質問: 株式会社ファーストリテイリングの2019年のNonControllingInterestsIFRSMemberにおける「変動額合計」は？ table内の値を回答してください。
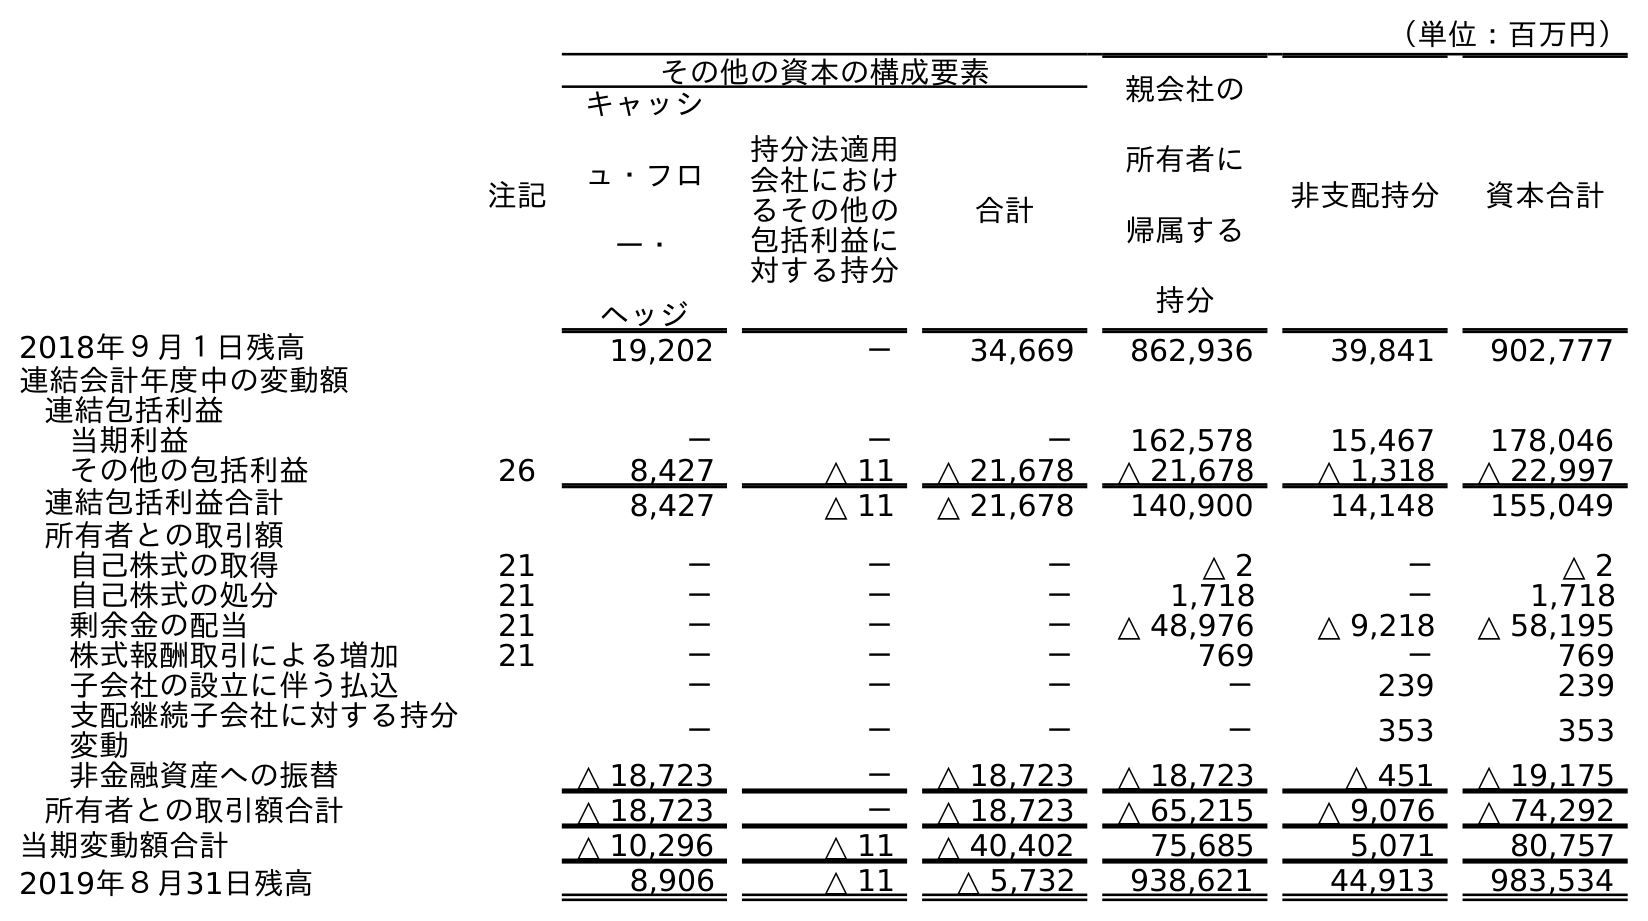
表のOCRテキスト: （単位：百万円） 注記 その他の資本の構成要素 親会社の 所有者に 帰属する 持分 非支配持分 資本合計 キャッシ ュ・フロ ー・ ヘッジ 持分法適用 会社におけ るその他の 包括利益に 対する持分 合計 2018年９月１日残高 19,202 － 34,669 862,936 39,841 902,777 連結会計年度中の変動額 連結包括利益 当期利益 － － － 162,578 15,467 178,046 その他の包括利益 26 8,427 △ 11 △ 21,678 △ 21,678 △ 1,318 △ 22,997 連結包括利益合計 8,427 △ 11 △ 21,678 140,900 14,148 155,049 所有者との取引額 自己株式の取得 21 － － － △ 2 － △ 2 自己株式の処分 21 － － － 1,718 － 1,718 剰余金の配当 21 － － － △ 48,976 △ 9,218 △ 58,195 株式報酬取引による増加 21 － － － 769 － 769 子会社の設立に伴う払込 － － － － 239 239 支配継続子会社に対する持分 変動 － － － － 353 353 非金融資産への振替 △ 18,723 － △ 18,723 △ 18,723 △ 451 △ 19,175 所有者との取引額合計 △ 18,723 － △ 18,723 △ 65,215 △ 9,076 △ 74,292 当期変動額合計 △ 10,296 △ 11 △ 40,402 75,685 5,071 80,757 2019年８月31日残高 8,906 △ 11 △ 5,732 938,621 44,913 983,534
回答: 5,071